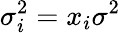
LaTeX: \sigma_{i}^{2}=x_{i}\sigma^{2}